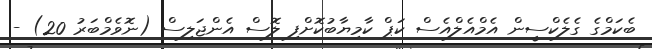
ބެކަމްގެ ގެލެކްސީން އެމްއެލްއެސް ކަޕް ކާމިޔާބުކޮށްފި ލޮސް އެންޖަލިސް (ނޮވެމްބަރު 20) -